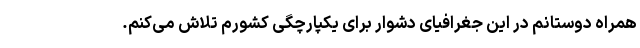
همراه دوستانم در این جغرافیای دشوار برای یکپارچگی کشورم تلاش می‌کنم.